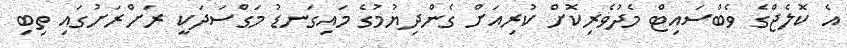
އެ ކޮލެޖްގެ ވެބްސައިޓް މެދުވެރިކޮށް ކުރިއަށް ގެންދިޔުމުގެ މައިގަނޑު މަގްސަދަކީ ރަށްރަށުގައި ތިބި